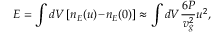
{ \cal E } = \int d V \left[ n _ { E } ( \boldsymbol { u } ) \! - \! n _ { E } ( 0 ) \right] \approx \int d V \frac { 6 P } { v _ { g } ^ { 2 } } u ^ { 2 } ,